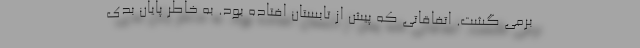
برمی گشت. اتفاقاتی که پیش از تابستان افتاده بود. به خاطر پایان بدی